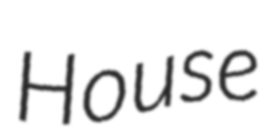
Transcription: House